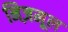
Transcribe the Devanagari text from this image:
निज़मूल